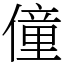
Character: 僮